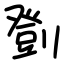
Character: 㔁